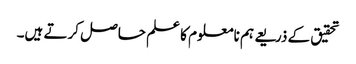
تحقیق کے ذریعے ہم نامعلوم کا علم حاصل کرتے ہیں۔